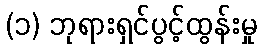
(၁) ဘုရားရှင်ပွင့်ထွန်းမှု